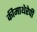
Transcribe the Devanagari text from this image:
कीमाथेरेपी